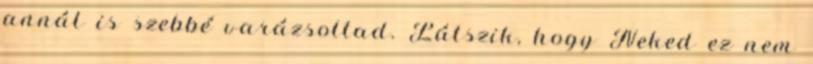
annál is szebbé varázsoltad. Látszik, hogy Neked ez nem